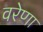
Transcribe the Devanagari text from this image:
वरेणा